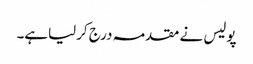
پولیس نے مقدمہ درج کرلیاہے۔